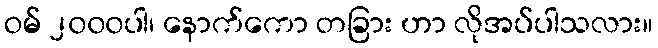
ဝမ် ၂၀၀၀ပါ၊ နောက်ကော တခြား ဟာ လိုအပ်ပါသလား။